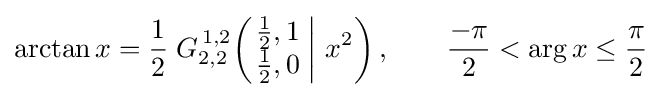
\arctan x={\frac {1}{2}}\;G_{2,2}^{\,1,2}\!\left(\left.{\begin{matrix}{\frac {1}{2}},1\\{\frac {1}{2}},0\end{matrix}}\;\right|\,x^{2}\right),\qquad {\frac {-\pi }{2}}<\arg x\leq {\frac {\pi }{2}}